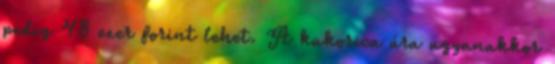
pedig 48 ezer forint lehet. A kukorica ára ugyanakkor